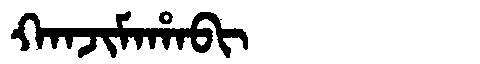
Manchu: ᡴᠠᠨᠵᡳᠮᠠᡥᠠᠪᡳ
Romanization: KANJIMAHABI